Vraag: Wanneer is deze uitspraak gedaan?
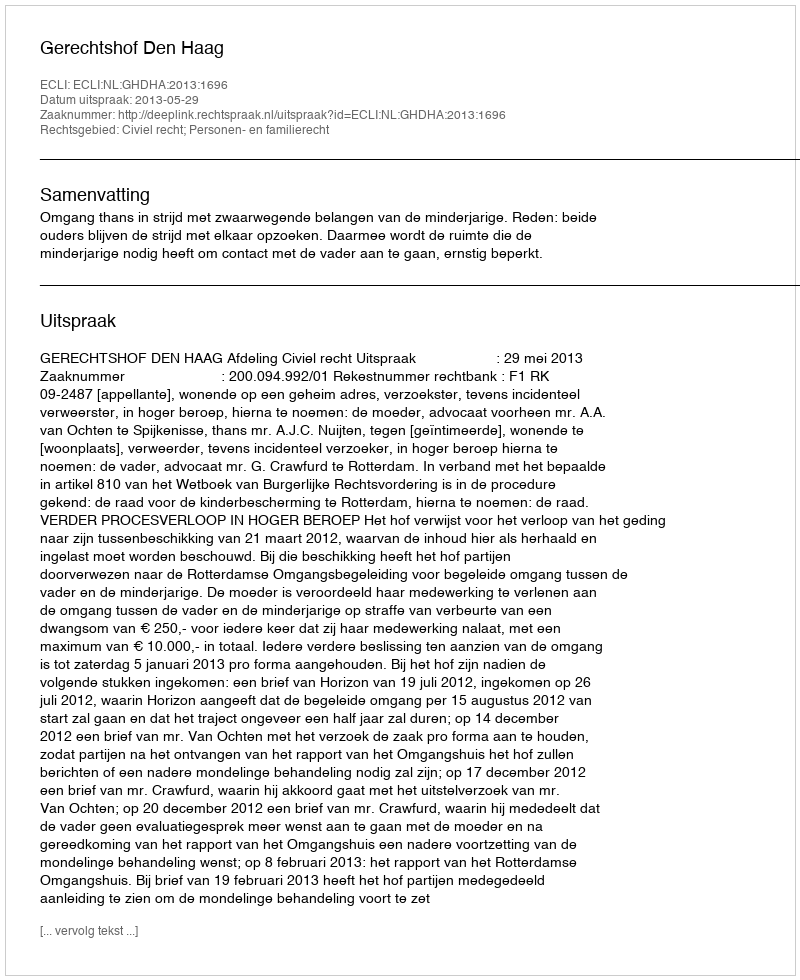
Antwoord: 2013-05-29